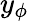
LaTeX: y_{\phi}